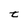
Character: t